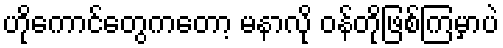
ဟိုကောင်တွေကတော့ မနာလို ဝန်တိုဖြစ်ကြမှာပဲ